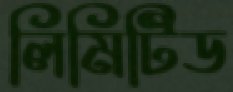
লিমিটিড